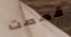
قصصت